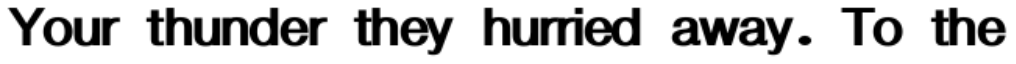
Your thunder they hurried away. To the